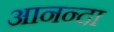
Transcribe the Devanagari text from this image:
आनन्दा